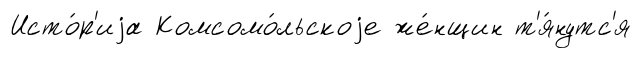
Исто́р'иjа Комсомо́льскоjе же́нщин т'я́нутс'я